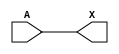
module sky130_fd_sc_ls__bufbuf (
    X,
    A
);

    // Module ports
    output X;
    input  A;

    // Local signals
    wire buf0_out_X;

    //  Name  Output      Other arguments
    buf buf0 (buf0_out_X, A              );
    buf buf1 (X         , buf0_out_X     );

endmodule